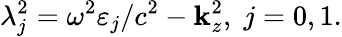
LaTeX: \lambda_{j}^{2}=\omega^{2}\varepsilon_{j}/c^{2}-\mathbf{k}_{z}^{2},\; j=0,1.